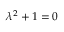
\lambda ^ { 2 } + 1 = 0